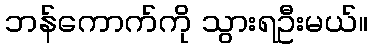
ဘန်ကောက်ကို သွားရဦးမယ်။